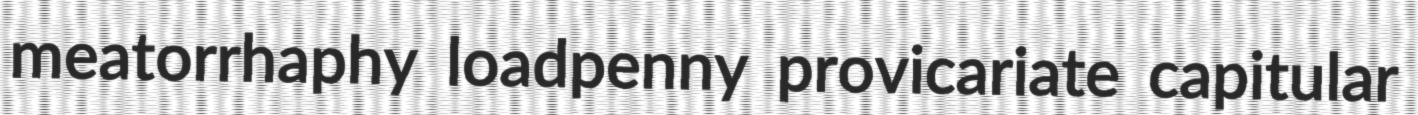
meatorrhaphy loadpenny provicariate capitular